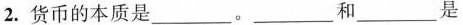
2.货币的本质是___。___和___是